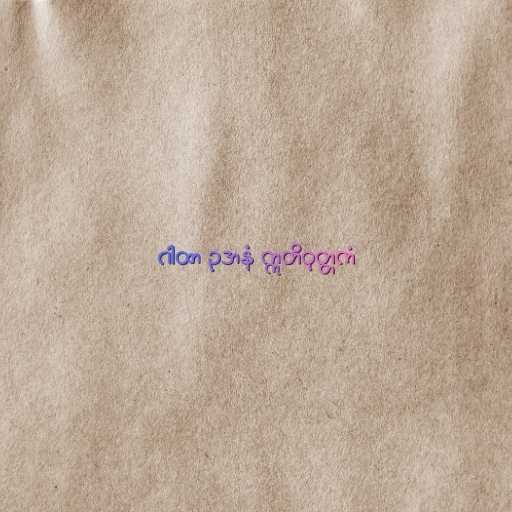
ဂါထာ ဥဒာနံ ဣတိဝုတ္တကံ